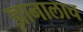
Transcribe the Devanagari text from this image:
ज्ञानालाच